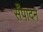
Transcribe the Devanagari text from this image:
सँपादन